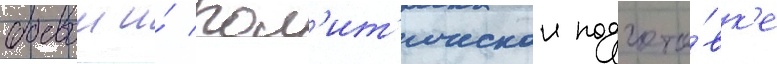
боевои и́ пол'ит'ическои подгото́вк'е